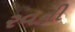
રવની